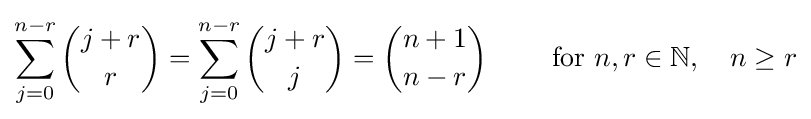
\sum _{j=0}^{n-r}{j+r \choose r}=\sum _{j=0}^{n-r}{j+r \choose j}={n+1 \choose n-r}\qquad {\text{ for }}n,r\in \mathbb {N} ,\quad n\geq r